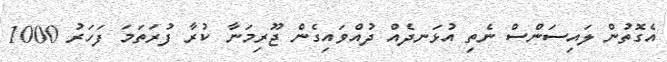
އެގޮތުން ލައިސަންްސް ނެތި އުޅަނދެއް ދުއްވައިގެން ޖޫރިމަނާ ކުރާ ފުރަތަމަ ފަހަރު 1000